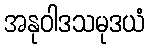
အနုဝါဒသမုဒယံ